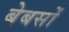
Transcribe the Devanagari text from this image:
बेबसों